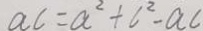
a c = a ^ { 2 } + c ^ { 2 } - a c